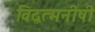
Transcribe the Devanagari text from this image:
विद्वत्मनीषी